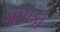
માપકો